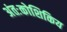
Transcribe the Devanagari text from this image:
अंतःकोशिकिय